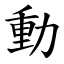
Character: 動